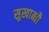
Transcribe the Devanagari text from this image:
सुखाब्धौ